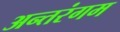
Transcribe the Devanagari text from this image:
अन्तरंगम